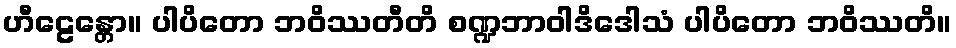
ဟီဠေန္တော။ ပါပိတော ဘဝိဿတီတိ စဏ္ဍဘာဝါဒိဒေါသံ ပါပိတော ဘဝိဿတိ။